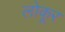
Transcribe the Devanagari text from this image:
लोकूर